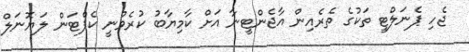
ޖެހި ޕެނަލްޓީ ތަކުގެ ތެރެއިން އާޖެންޓީނާ އަށް ކާމިޔާބު ކުރެވުނީ ކެޕްޓަން ލަޔޮނަލް